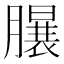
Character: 𣎦